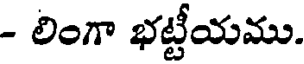
- లింగా భట్టీయము.